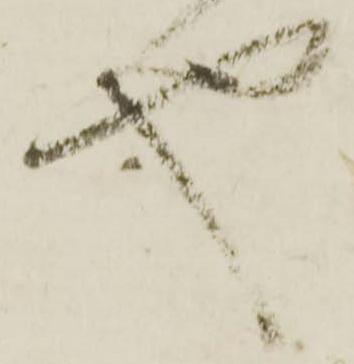
也